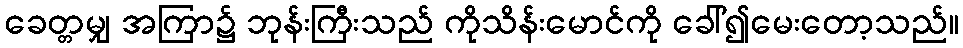
ခေတ္တမျှ အကြာ၌ ဘုန်းကြီးသည် ကိုသိန်းမောင်ကို ခေါ်၍မေးတော့သည်။